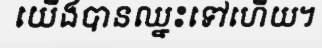
យើងបានឈ្នះទៅហើយ។